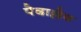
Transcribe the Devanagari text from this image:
पेदाल्लेद